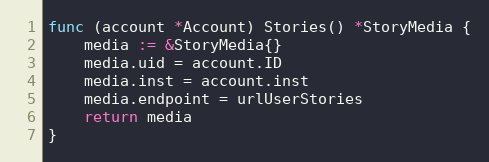
Language: Go
func (account *Account) Stories() *StoryMedia {
	media := &StoryMedia{}
	media.uid = account.ID
	media.inst = account.inst
	media.endpoint = urlUserStories
	return media
}